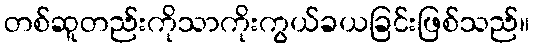
တစ်ဆူတည်းကိုသာကိုးကွယ်ခယခြင်းဖြစ်သည်။